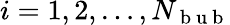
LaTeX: i=1,2,\dots,N_{\mathrm{~b~u~b~}}